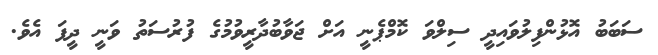
ސަބަބު އޮޅުންފިލުވައިދީ ސިލްވަ ކޮމްޕެނީ އަށް ޖަވާބުދާރީވުމުގެ ފުރުސަތު ވަނީ ދީފަ އެވެ.